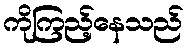
ကိုကြည့်နေသည်